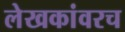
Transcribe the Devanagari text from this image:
लेखकांवरच